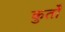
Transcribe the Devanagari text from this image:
कुर्तों